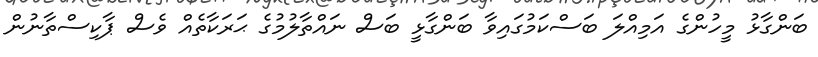
ބަންގާޅު މީހުންގެ އަމިއްލަ ބަސްކަމުގައިވާ ބަންގާޅީ ބަސް ނައްތާލުމުގެ ޙަރަކާތެއް ވެސް ޕާކިސްތާނުން